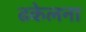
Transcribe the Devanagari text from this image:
ढकेलना